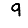
Digit: 9